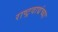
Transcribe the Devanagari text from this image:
राष्ट्रवाद्यंच्या